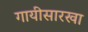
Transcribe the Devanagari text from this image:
गायीसारखा